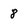
Character: 8